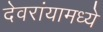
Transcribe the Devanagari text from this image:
देवरांयामध्ये